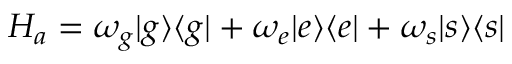
H _ { a } = \omega _ { g } | g \rangle \langle g | + \omega _ { e } | e \rangle \langle e | + \omega _ { s } | s \rangle \langle s |